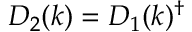
D _ { 2 } ( k ) = D _ { 1 } ( k ) ^ { \dagger }